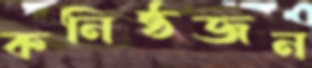
কনিষ্ঠজন